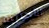
الأجنبية